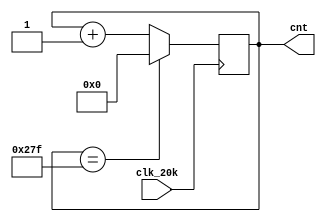
`timescale 1ns / 1ps
//////////////////////////////////////////////////////////////////////////////////
// Company: 
// Engineer: 
// 
// Design Name: 
// Module Name: TestWave_Gen
// Project Name: 
// Target Devices: 
// Tool Versions: 
// Description: 
// 
// Dependencies: 
// 
// Revision:
// Revision 0.01 - File Created
// Additional Comments:
// 
//////////////////////////////////////////////////////////////////////////////////


module TestWave_Gen(input clk_20k,output reg[10:0]cnt=0);

always @ (posedge clk_20k) begin
cnt<= (cnt==639)? 0 : cnt + 1;
end
endmodule